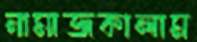
নামাজকালাম